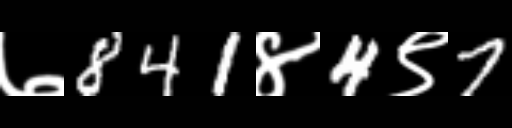
Text: ७841४4९7